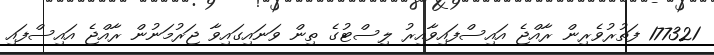
177321 ފަތުރުވެރިން ރާއްޖެ އައިސްފައިވާއިރު ލިސްޓުގެ ތިން ވަނައިގައިވާ ޖަރުމަނުން ރާއްޖެ އައިސްފައި